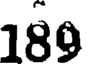
189